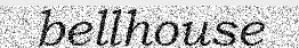
bellhouse